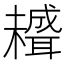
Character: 𦗱